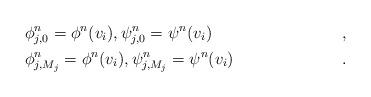
LaTeX: \begin{align*}&\phi^n_{j,0}=\phi^n(v_i), \psi^n_{j,0}=\psi^n(v_i) &, \\&\phi^n_{j,M_j}=\phi^n(v_i), \psi^n_{j,M_j}=\psi^n(v_i) & . \end{align*}